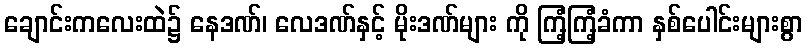
ချောင်းကလေးထဲ၌ နေဒဏ်၊ လေဒဏ်နှင့် မိုးဒဏ်များ ကို ကြံ့ကြံ့ခံကာ နှစ်ပေါင်းများစွာ